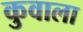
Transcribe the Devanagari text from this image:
कुवाला